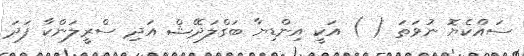
ސައްކެޔޮ ނުވަތަ ( ) އަކީ އިންޑިޔާ ބަގްލަދޭޝް އަދި ސްރީލަންކާ ފަދަ